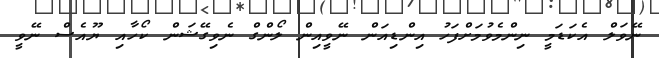
ނޭވަލް އެކަޑަމީ ނިންމެވުމަށްފަހު އިންޑިއަން ނޭވީއިން ލޯންގް ނެވިގޭޝަން ކޯހާއި ޔޫއެސް ނޭވީ